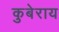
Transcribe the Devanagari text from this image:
कुबेराय